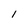
Character: I